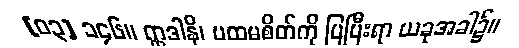
[၀၃] ၁၄၆။ ဣဒါနိ၊ ပထမစိတ်ကို ပြပြီးရာ ယခုအခါ၌။